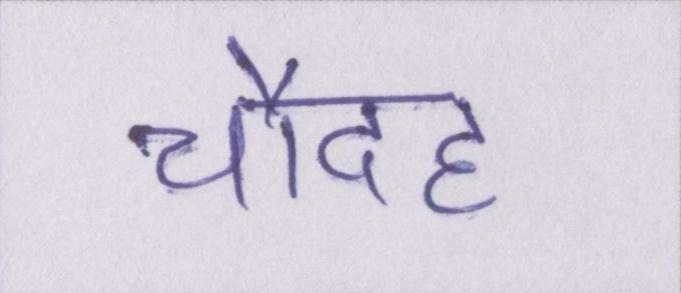
चौदह